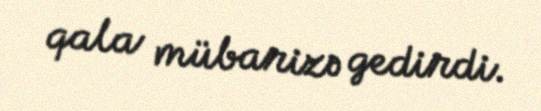
qala mübarizə gedirdi.